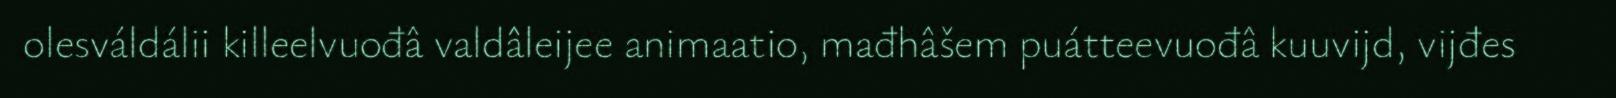
olesváldálii killeelvuođâ valdâleijee animaatio, mađhâšem puátteevuođâ kuuvijd, vijđes